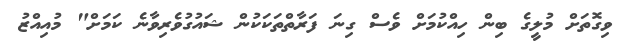
ވިގޮތަށް މުލީގެ ބިން ހިއްކުމަށް ވެސް ގިނަ ފަރާތްތަކަކުން ޝައުގުވެރިވާނެ ކަމަށް" މުއިއްޒު